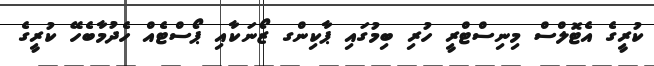
ކުރީގެ އެޓޮލްސް މިނިސްޓްރީ ހުރި ބިމުގައި ޕާކިންގ ޒޯނަކާއި ޕޯސްޓެއް ހެދުމާބެހޭ ކުރީގެ